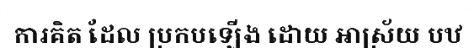
ការគិត ដែល ប្រកបឡើង ដោយ ឤស្រ័យ បឋ